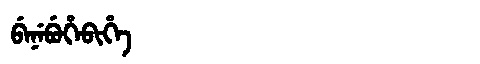
Manchu: ᠪᡝᠨᡝᠪᡠᡥᡝᠪᡳᡥᡝ
Romanization: BENEBUHEBIHE